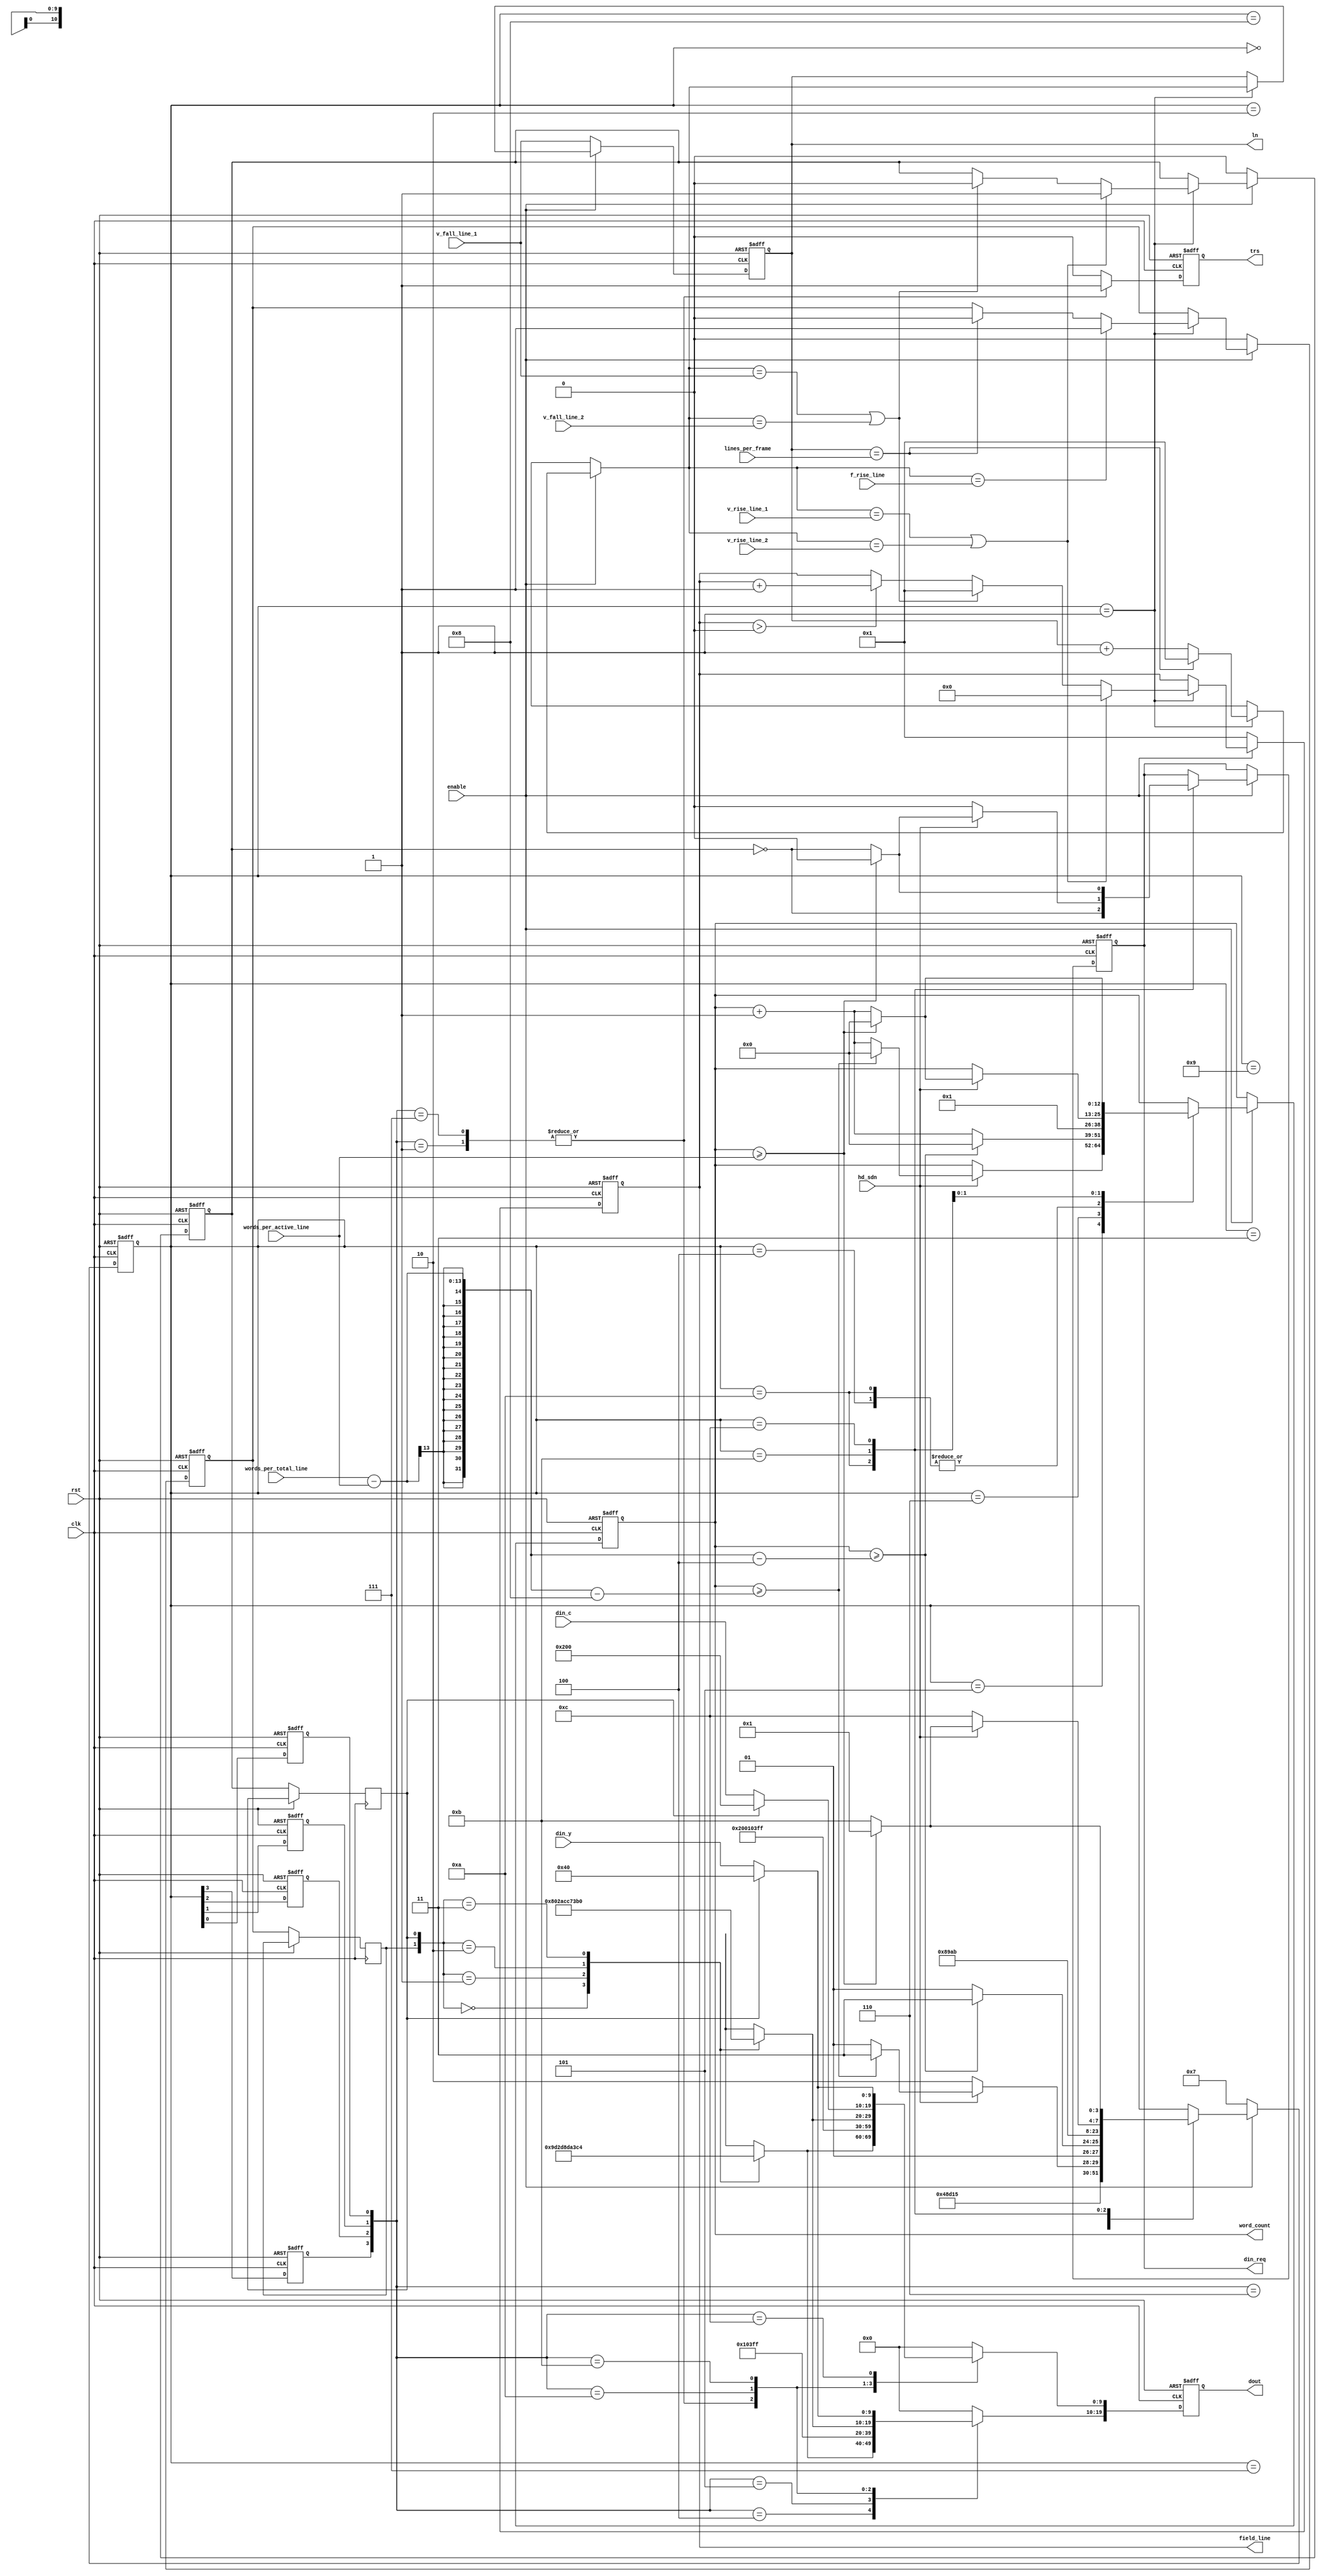
//--------------------------------------------------------------------------------------------------
// (c)2007 Altera Corporation. All rights reserved.
//
// Altera products are protected under numerous U.S. and foreign patents,
// maskwork rights, copyrights and other intellectual property laws.
//
// This reference design file, and your use thereof, is subject to and governed
// by the terms and conditions of the applicable Altera Reference Design License
// Agreement (either as signed by you or found at www.altera.com).  By using
// this reference design file, you indicate your acceptance of such terms and
// conditions between you and Altera Corporation.  In the event that you do not
// agree with such terms and conditions, you may not use the reference design
// file and please promptly destroy any copies you have made.
//
// This reference design file is being provided on an as-is basis and as an
// accommodation and therefore all warranties, representations or guarantees of
// any kind (whether express, implied or statutory) including, without
// limitation, warranties of merchantability, non-infringement, or fitness for
// a particular purpose, are specifically disclaimed.  By making this reference
// design file available, Altera expressly does not recommend, suggest or
// require that this reference design file be used in combination with any
// other product not provided by Altera.
//--------------------------------------------------------------------------------------------------
// Export tag    : $Name:  $
//--------------------------------------------------------------------------------------------------
//
// State machine to format a video frame.
//
//--------------------------------------------------------------------------------------------------
module sdi_makeframe (
  hd_sdn,

  clk,
  rst,
  enable,
  din_req,
  ln,
  field_line,
  word_count,
  din_y,
  din_c,
  dout,
  trs,

  lines_per_frame,
  words_per_active_line,
  words_per_total_line,
  f_rise_line,
  v_fall_line_1,
  v_rise_line_1,
  v_fall_line_2,
  v_rise_line_2
  );

parameter DATA_DELAY = 1;      // Clocks from din_req assertion to din being valid
parameter SD_10BIT = 0;

parameter [9:0] Y_BLANKING_DATA = 10'h040;
parameter [9:0] C_BLANKING_DATA = 10'h200;

input         hd_sdn;          // 0 : SDI, 1 : HD-SDI
input         clk;             // Parallel rate clock
input         rst;             // Active high reset
input         enable;          // Active high enable. Assert to start frame generation
output        din_req;         // Data request to pattern generator
output [10:0] ln;              // Frame line number output to accompany din_req
output [10:0] field_line;      // Line number within the current field
output [12:0] word_count;      // Word count for requested pixel data
input   [9:0] din_c;           // Chroma input
input   [9:0] din_y;           // Luma input
output [19:0] dout;            // Output - interleaved chroma/luma on [9:0] for SDI
output        trs;

input [10:0] lines_per_frame;        // Total lines per frame
input [12:0] words_per_active_line;  // Total words in active part of line
input [12:0] words_per_total_line;   // Total words per line
input [10:0] f_rise_line;            // Line number when F flag goes high (relative to F going low on line 1)
input [10:0] v_fall_line_1;          // Line number when V falls for first field
input [10:0] v_rise_line_1;          // Line number when V rises for first field
input [10:0] v_fall_line_2;          // Line number when V falls for second field (use 0 for progressive frame)
input [10:0] v_rise_line_2;          // Line number when V rises for second field (use 0 for progressive frame)

// State values
parameter [3:0] GEN_IDLE   = 4'b0000;
parameter [3:0] GEN_EAV_1  = 4'b0001;
parameter [3:0] GEN_EAV_2  = 4'b0010;
parameter [3:0] GEN_EAV_3  = 4'b0011;
parameter [3:0] GEN_EAV_4  = 4'b0100;
parameter [3:0] GEN_HANC   = 4'b0101;
parameter [3:0] GEN_HANC_Y = 4'b0110;
parameter [3:0] GEN_SAV_1  = 4'b0111;
parameter [3:0] GEN_SAV_2  = 4'b1000;
parameter [3:0] GEN_SAV_3  = 4'b1001;
parameter [3:0] GEN_SAV_4  = 4'b1010;
parameter [3:0] GEN_AP     = 4'b1011;
parameter [3:0] GEN_AP_Y   = 4'b1100;



reg [10:0] line_count;       // Variable
reg [10:0] ln;               // Current line number
reg [12:0] word_count;       // Current word number
reg [10:0] field_line;       // Line number within field
reg [12:0] field_word;       // Word number within field
reg  [3:0] state;
reg        F;
reg        V;
reg        din_req;


always @ (posedge clk or posedge rst)
begin
  if (rst) begin
    state      <= GEN_IDLE;
    F          <= 1'b0;
    V          <= 1'b1;
    ln         <= 0;
    field_line <= 0;
    word_count <= 0;
    field_word <= 0;
    din_req    <= 1'b0;
  end
  // SAV of first active line of first field is the first word generated
  else if (~enable) begin
    ln         <= v_fall_line_1;
    field_line <= 1;
    field_word <= 0;
    F          <= 1'b0;
    V          <= 1'b0;
    state      <= GEN_SAV_1;
  end
  else begin

    case (state)

      GEN_IDLE    : begin
                      state <= GEN_EAV_1;
                    end

      GEN_EAV_1   : begin
                      state <= GEN_EAV_2;

                      // Temp variable assignment
                      line_count = ln;

                      // Reset line count at end of frame
                      if (line_count==lines_per_frame) begin
                        line_count = 1;
                        F <= 1'b0;
                      end
                      // else just increment on every line
                      else
                        line_count = line_count + 1;

                      // Line number within field may be useful to pattern generator
                      if (field_line>0)
                        field_line <= field_line + 1;

                      // Determine V and F from line number
                      if (line_count==v_fall_line_1 | line_count==v_fall_line_2) begin
                        V <= 1'b0;
                        field_line <= 1;
                      end

                      if (line_count==v_rise_line_1 | line_count==v_rise_line_2) begin
                        V <= 1'b1;
                        field_line <= 0;
                      end

                      if (line_count==f_rise_line)
                        F <= 1'b1;

                      // Assign temp variable back to register
                      ln <= line_count;

                    end

      GEN_EAV_2   : begin
                      state <= GEN_EAV_3;
                    end

      GEN_EAV_3   : begin
                      state <= GEN_EAV_4;
                    end

      GEN_EAV_4   : begin
                      state <= GEN_HANC;
                      word_count <= 1;
                    end

      GEN_HANC    : begin
                      if (hd_sdn) begin
                        if (word_count>=words_per_total_line-words_per_active_line-8) begin
                          state <= GEN_SAV_1;
                          word_count <= 0;
                        end
                        else begin
                          word_count <= word_count + 1;
                          state <= GEN_HANC;
                        end
                      end
                      else
                        state <= GEN_HANC_Y;
                    end

      GEN_HANC_Y  : begin
                      if (word_count>=words_per_total_line-words_per_active_line-4) begin
                        state <= GEN_SAV_1;
                        word_count <= 0;
                      end
                      else begin
                        word_count <= word_count + 1;
                        state <= GEN_HANC;
                      end
                    end

      GEN_SAV_1   : begin
                      state <= GEN_SAV_2;
                    end

      GEN_SAV_2   : begin
                      state <= GEN_SAV_3;
                    end

      GEN_SAV_3   : begin
                      state <= GEN_SAV_4;
                    end

      GEN_SAV_4   : begin
                      state <= GEN_AP;
                      word_count <= 1;
                      din_req <= ~V;
                    end

      GEN_AP      : begin
                      if (hd_sdn) begin
                        if (word_count>=words_per_active_line) begin
                          state <= GEN_EAV_1;
                          word_count <= 0;
                          din_req <= 1'b0;
                        end
                        else begin
                          state <= GEN_AP;
                          word_count <= word_count + 1;
                          din_req <= ~V;
                        end
                        field_word <= field_word + 1;
                      end

                      else begin

                        state <= GEN_AP_Y;
                        field_word <= field_word + 1;
                        din_req <= ~V & SD_10BIT;
                      end

                    end

      GEN_AP_Y    : begin
                      if (word_count>=words_per_active_line) begin
                        din_req <= 1'b0;
                        state <= GEN_EAV_1;
                        word_count <= 0;
                        field_word <= 0;
                      end
                      else begin
                        din_req <= ~V;           // Request data
                        state <= GEN_AP;
                        word_count <= word_count + 1;
                      end
                    end

     endcase
  end
end

//--------------------------------------------------------------------------------------------------
// Delay state to match data request pipeline
//--------------------------------------------------------------------------------------------------
reg [DATA_DELAY:1] state3_pipeline;
reg [DATA_DELAY:1] state2_pipeline;
reg [DATA_DELAY:1] state1_pipeline;
reg [DATA_DELAY:1] state0_pipeline;
reg [DATA_DELAY:1] F_pipeline;
reg [DATA_DELAY:1] V_pipeline;
always @ (posedge clk or posedge rst)
begin
  if (rst) begin
    state0_pipeline <= 0;
    state1_pipeline <= 0;
    state2_pipeline <= 0;
    state3_pipeline <= 0;
  end
  else begin
    // Shift values in to pipeline
    state0_pipeline <= {state0_pipeline, state[0]};
    state1_pipeline <= {state1_pipeline, state[1]};
    state2_pipeline <= {state2_pipeline, state[2]};
    state3_pipeline <= {state3_pipeline, state[3]};
    F_pipeline <= {F_pipeline, F};
    V_pipeline <= {V_pipeline, V};
  end
end
wire [3:0] state_matched = {state3_pipeline[DATA_DELAY], state2_pipeline[DATA_DELAY], state1_pipeline[DATA_DELAY], state0_pipeline[DATA_DELAY]};
wire F_matched = F_pipeline[DATA_DELAY];
wire V_matched = V_pipeline[DATA_DELAY];

//--------------------------------------------------------------------------------------------------
// Function to calculate TRS XYZ word from F, V and H
//--------------------------------------------------------------------------------------------------
function [9:0] calc_xyz;
  input [2:0] FVH;
  case (FVH)
    3'b000 : calc_xyz = 10'h200;
    3'b001 : calc_xyz = 10'h274;
    3'b010 : calc_xyz = 10'h2ac;
    3'b011 : calc_xyz = 10'h2d8;
    3'b100 : calc_xyz = 10'h31c;
    3'b101 : calc_xyz = 10'h368;
    3'b110 : calc_xyz = 10'h3b0;
    3'b111 : calc_xyz = 10'h3c4;
  endcase
endfunction

//--------------------------------------------------------------------------------------------------
// Generate appropriate data
//--------------------------------------------------------------------------------------------------
reg [19:0] data;
reg trs;
always @ (posedge clk or posedge rst)
begin
  if (rst) begin
    data <= 20'b0;
    trs <= 1'b0;
  end
  else begin
    // Default
    data <= 20'b0;
    trs <= 1'b0;

    case (state_matched)

        GEN_EAV_1   : begin
                        data <= {10'h3ff, 10'h3ff};
                        trs <= 1'b1;
                      end

        GEN_EAV_2   : begin
                        data <= {10'h000, 10'h000};
                      end

        GEN_EAV_3   : begin
                        data <= {10'h000, 10'h000};
                      end

        GEN_EAV_4   : begin
                        data[9:0]   <= calc_xyz({F_matched, V_matched, 1'b1});
                        data[19:10] <= calc_xyz({F_matched, V_matched, 1'b1});
                      end

        GEN_HANC    : begin
                        data[9:0]   <= C_BLANKING_DATA;
                        data[19:10] <= Y_BLANKING_DATA;
                      end

        GEN_HANC_Y  : begin
                        data[9:0] <= Y_BLANKING_DATA;
                      end

        GEN_SAV_1   : begin
                        data <= {10'h3ff, 10'h3ff};
                        trs <= 1'b1;
                      end

        GEN_SAV_2   : begin
                        data <= {10'h000, 10'h000};
                      end

        GEN_SAV_3   : begin
                        data <= {10'h000, 10'h000};
                      end

        GEN_SAV_4   : begin
                        data[9:0]   <= calc_xyz({F_matched, V_matched, 1'b0});
                        data[19:10] <= calc_xyz({F_matched, V_matched, 1'b0});
                      end

        GEN_AP      : begin
                        if (V_matched) begin
                          data[9:0]   <= C_BLANKING_DATA;
                          data[19:10] <= Y_BLANKING_DATA;
                        end
                        else begin
                          data[9:0]   <= din_c;
                          data[19:10] <= din_y;
                        end
                      end

        GEN_AP_Y    : begin
                        if (V_matched)
                          data[9:0] <= Y_BLANKING_DATA;
                        else
                          data[9:0] <= din_y;
                      end
    endcase

  end
end

assign dout = data;

endmodule